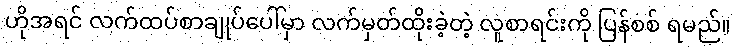
ဟိုအရင် လက်ထပ်စာချုပ်ပေါ်မှာ လက်မှတ်ထိုးခဲ့တဲ့ လူစာရင်းကို ပြန်စစ် ရမည်။